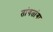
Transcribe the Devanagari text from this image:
तांगतांगा